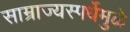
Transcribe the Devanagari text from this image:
साम्राज्यस्पर्धेमुळे